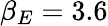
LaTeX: \beta_{E}=3.6